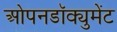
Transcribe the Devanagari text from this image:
ओपनडॉक्युमेंट